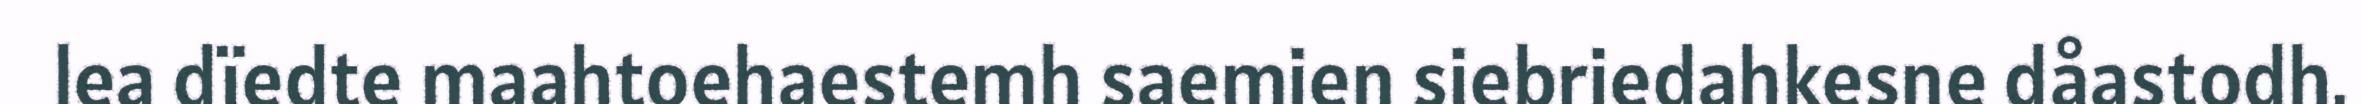
lea dïedte maahtoehaestemh saemien siebriedahkesne dåastodh.